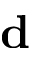
\bf d